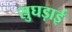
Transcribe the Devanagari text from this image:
सुघड़ाई